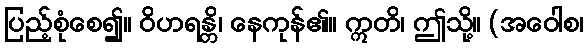
ပြည့်စုံစေ၍။ ဝိဟရန္တိ၊ နေကုန်၏။ ဣတိ၊ ဤသို့။ (အဝေါစ၊